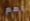
امم